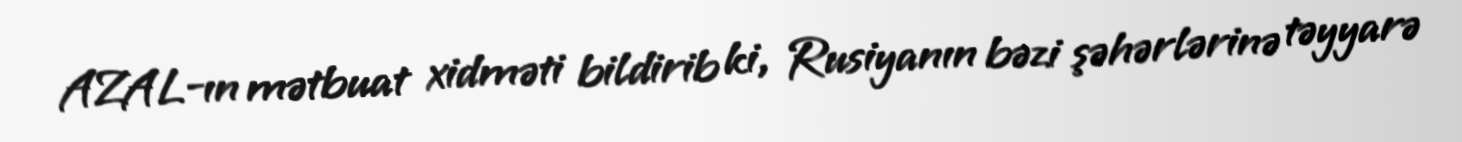
AZAL-ın mətbuat xidməti bildirib ki, Rusiyanın bəzi şəhərlərinə təyyarə